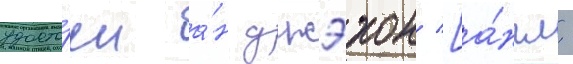
удосто́ен а́н джэхон [а́нгл.